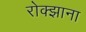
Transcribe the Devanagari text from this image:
रोक्झाना